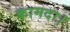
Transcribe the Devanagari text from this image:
कामदा।